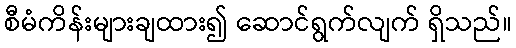
စီမံကိန်းများချထား၍ ဆောင်ရွက်လျက် ရှိသည်။